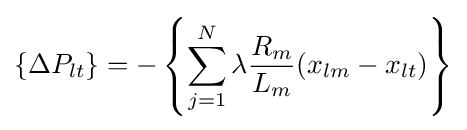
\{\Delta P_{lt}\}=-\left\{\sum _{j=1}^{N}\lambda {\frac {R_{m}}{L_{m}}}(x_{lm}-x_{lt})\right\}